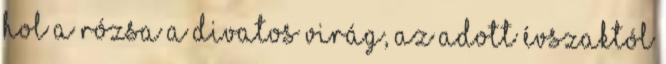
hol a rózsa a divatos virág, az adott évszaktól